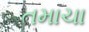
તમાચા